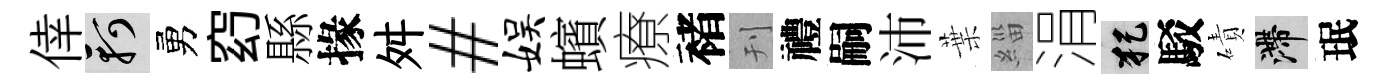
倖軻勇𥥆縣掾舛#娱蠙療褚刊禮嗣沛葉緇涓犯駁磧滯珉